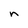
Character: n